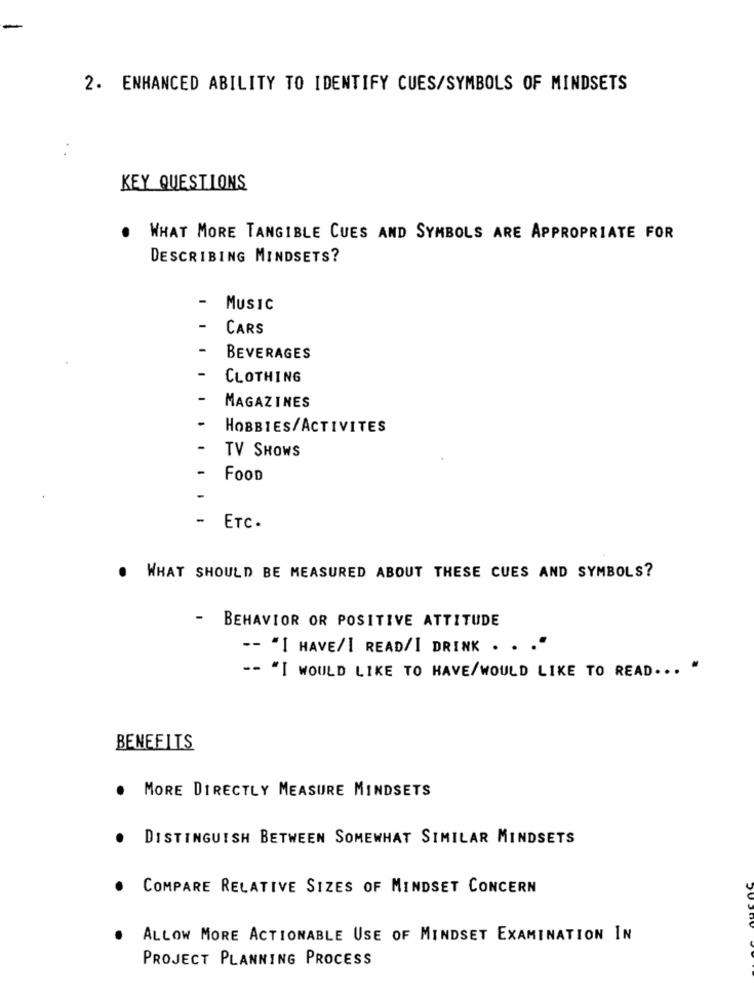
2. ENHANCED ABILITY TO IDENTIFY CUES/SYMBOLS OF MINDSETS
. .
KEY QUESTIONS
WHAT MORE TANGIBLE CUES AND SYMBOLS ARE APPROPRIATE FOR
DESCRIBING MINDSETS?
MUSIC
CARS
BEVERAGES
CLOTHING
MAGAZINES
HOBBIES/ACTIVITES
TV SHOWS
FOOD
-
ETC.
. WHAT SHOULD BE MEASURED ABOUT THESE CUES AND SYMBOLS?
- BEHAVIOR OR POSITIVE ATTITUDE
-- "I HAVE/I READ/I DRINK . . . "
-- "I WOULD LIKE TO HAVE/WOULD LIKE TO READ ... "
BENEFITS
. MORE DIRECTLY MEASURE MINDSETS
DISTINGUISH BETWEEN SOMEWHAT SIMILAR MINDSETS
.
COMPARE RELATIVE SIZES OF MINDSET CONCERN
ALLOW MORE ACTIONABLE USE OF MINDSET EXAMINATION IN
PROJECT PLANNING PROCESS